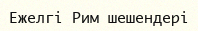
Ежелгі Рим шешендері